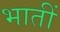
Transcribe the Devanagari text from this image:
भातीं